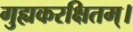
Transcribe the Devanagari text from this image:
गुह्यकरक्षितम्।